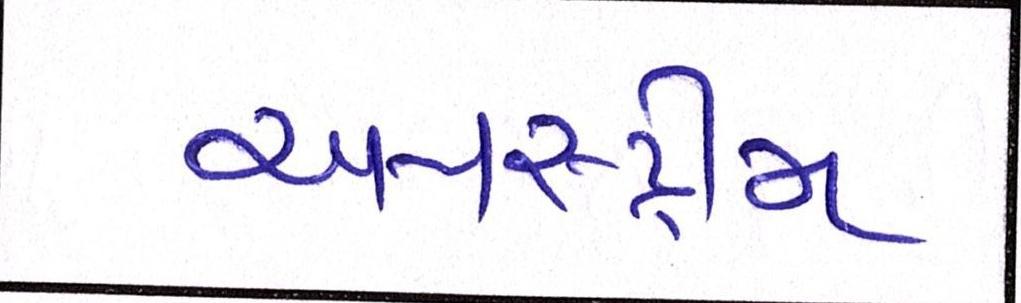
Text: અપસ્ટ્રીમ